Rangoon Lunatic Asylum 1878-1892 - 1878-1892
Year: 1878
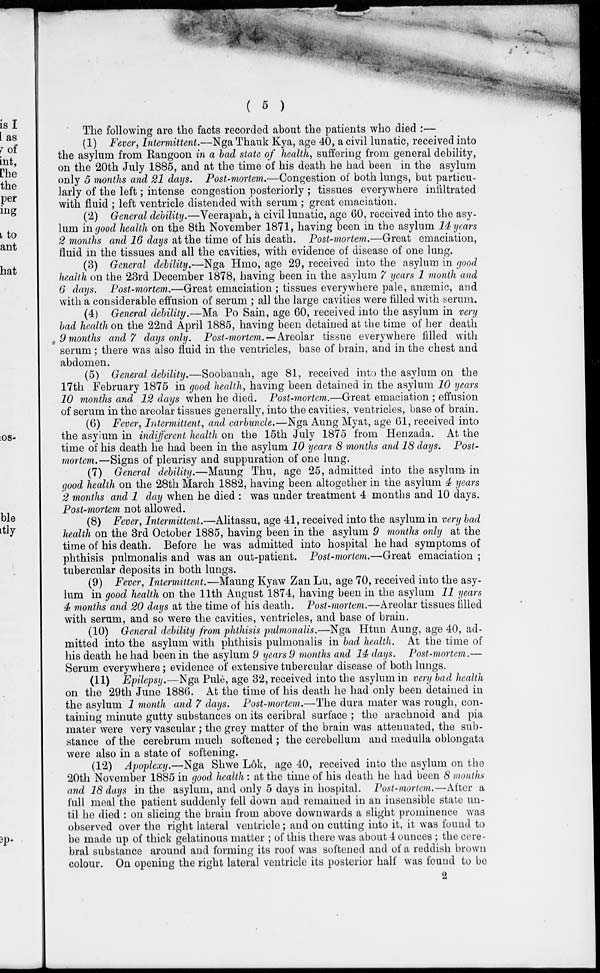
( 5 )
The following are the facts recorded about the patients who died :—
(1) Fever, Intermittent.—Nga Thauk Kya, age 40, a civil lunatic, received into
the asylum from Rangoon in a bad state of health, suffering from general debility,
on the 20th July 1885, and at the time of his death he had been in the asylum
only 5 months and 21 days. Post-mortem.—Congestion of both lungs, but particu-
larly of the left; intense congestion posteriorly ; tissues everywhere infiltrated
with fluid ; left ventricle distended with serum ; great emaciation.
(2) General debility.—Veerapah, a civil lunatic, age 60, received into the asy-
lum in good health on the 8th November 1871, having been in the asylum 14 years
2 months and 16 days at the time of his death. Post-mortem.—Great emaciation,
fluid in the tissues and all the cavities, with evidence of disease of one lung.
(3) General debility.—Nga Hmo, age 29, received into the asylum in good
health on the 23rd December 1878, having been in the asylum 7 years 1 month and
6 days. Post-mortem.—Great emaciation ; tissues everywhere pale, anæmic, and
with a considerable effusion of serum ; all the large cavities were filled with serum.
(4) General debility.—Ma Po Sain, age 60, received into the asylum in very
bad health on the 22nd April 1885, having been detained at the time of her death
9 months and 7 days only. Post-mortem.— Areolar tissue everywhere filled with
serum; there was also fluid in the ventricles, base of brain, and in the chest and
abdomen.
(5) General debility.—Soobanah, age 81, received into the asylum on the
17th February 1875 in good health, having been detained in the asylum 10 years
10 months and 12 days when he died. Post-mortem.—Great emaciation ; effusion
of serum in the areolar tissues generally, into the cavities, ventricles, base of brain.
(6) Fever, Intermittent, and carbuncle.—Nga Aung Myat, age 61, received into
the asylum in indifferent health on the 15th July 1875 from Henzada. At the
time of his death he had been in the asylum 10 years 8 months and 18 days. Post-
mortem.—Signs of pleurisy and suppuration of one lung.
(7) General debility.—Maung Thu, age 25, admitted into the asylum in
good health on the 28th March 1882, having been altogether in the asylum 4 years
2 months and 1 day when he died : was under treatment 4 months and 10 days.
Post-mortem not allowed.
(8) Fever, Intermittent.—Alitassu, age 41, received into the asylum in very bad
health on the 3rd October 1885, having been in the asylum 9 months only at the
time of his death. Before he was admitted into hospital he had symptoms of
phthisis pulmonalis and was an out-patient. Post-mortem.—Great emaciation ;
tubercular deposits in both lungs.
(9) Fever, Intermittent.—Maung Kyaw Zan Lu, age 70, received into the asy-
lum in good health on the 11th August 1874, having been in the asylum 11 years
4 months and 20 days at the time of his death. Post-mortem.—Areolar tissues filled
with serum, and so were the cavities, ventricles, and base of brain.
(10) General debility from phthisis pulmonalis.—Nga Htun Aung, age 40, ad-
mitted into the asylum with phthisis pulmonalis in bad health. At the time of
his death he had been in the asylum 9 years 9 months and 14 days. Post-mortem.—
Serum everywhere ; evidence of extensive tubercular disease of both lungs.
(11) Epilepsy.—Nga Pulè, age 32, received into the asylum in very bad health
on the 29th June 1886. At the time of his death he had only been detained in
the asylum 1 month and 7 days. Post-mortem.—The dura mater was rough, con-
taining minute gutty substances on its ceribral surface ; the arachnoid and pia
mater were very vascular ; the grey matter of the brain was attenuated, the sub-
stance of the cerebrum much softened ; the cerebellum and medulla oblongata
were also in a state of softening.
(12) Apoplexy.—Nga Shwe Lôk, age 40, received into the asylum on the
20th November 1885 in good health : at the time of his death he had been 8 months
and 18 days in the asylum, and only 5 days in hospital. Post-mortem.—After a
full meal the patient suddenly fell down and remained in an insensible state un-
til he died : on slicing the brain from above downwards a slight prominence was
observed over the right lateral ventricle; and on cutting into it, it was found to
be made up of thick gelatinous matter ; of this there was about 4 ounces ; the cere-
bral substance around and forming its roof was softened and of a reddish brown
colour. On opening the right lateral ventricle its posterior half was found to be
2